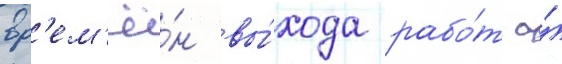
вр'ем'ё́н вы́хода рабо́т а́